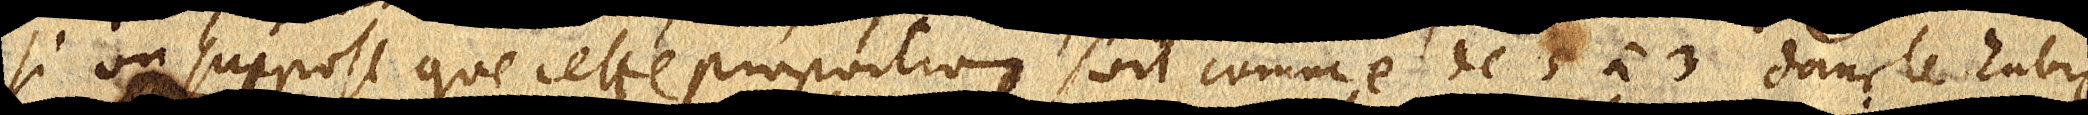
Si on suppose que cette proportion soit comme de 5 à 3 dans le rubis